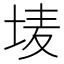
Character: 𮰢